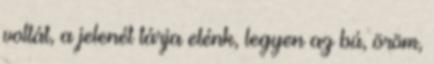
voltát, a jelenét tárja elénk, legyen az bú, öröm,